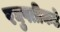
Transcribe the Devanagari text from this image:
रघुपतीकडे